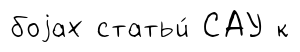
боjах статьи́ САУ к